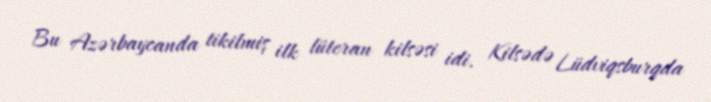
Bu Azərbaycanda tikilmiş ilk lüteran kilsəsi idi. Kilsədə Lüdviqsburqda